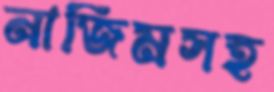
নাজিমসহ